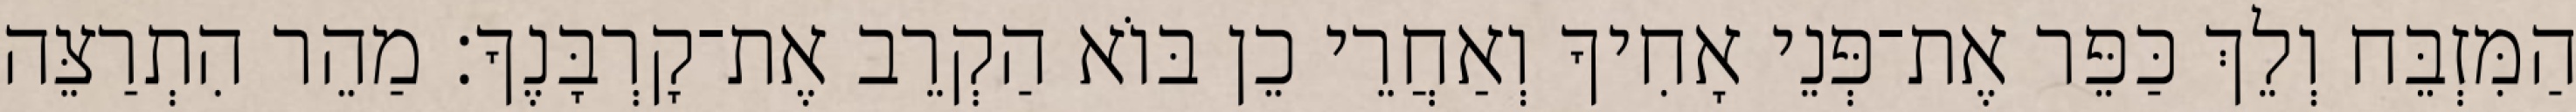
הַמִּזְבֵּח וְלֵךְ כַּפֵּר אֶת־פְּנֵי אָחִיךָ וְאַחֲרֵי כֵן בּוֹא הַקְרֵב אֶת־קָרְבָּנֶךָ׃ מַהֵר הִתְרַצֵּה